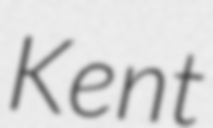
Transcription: Kent